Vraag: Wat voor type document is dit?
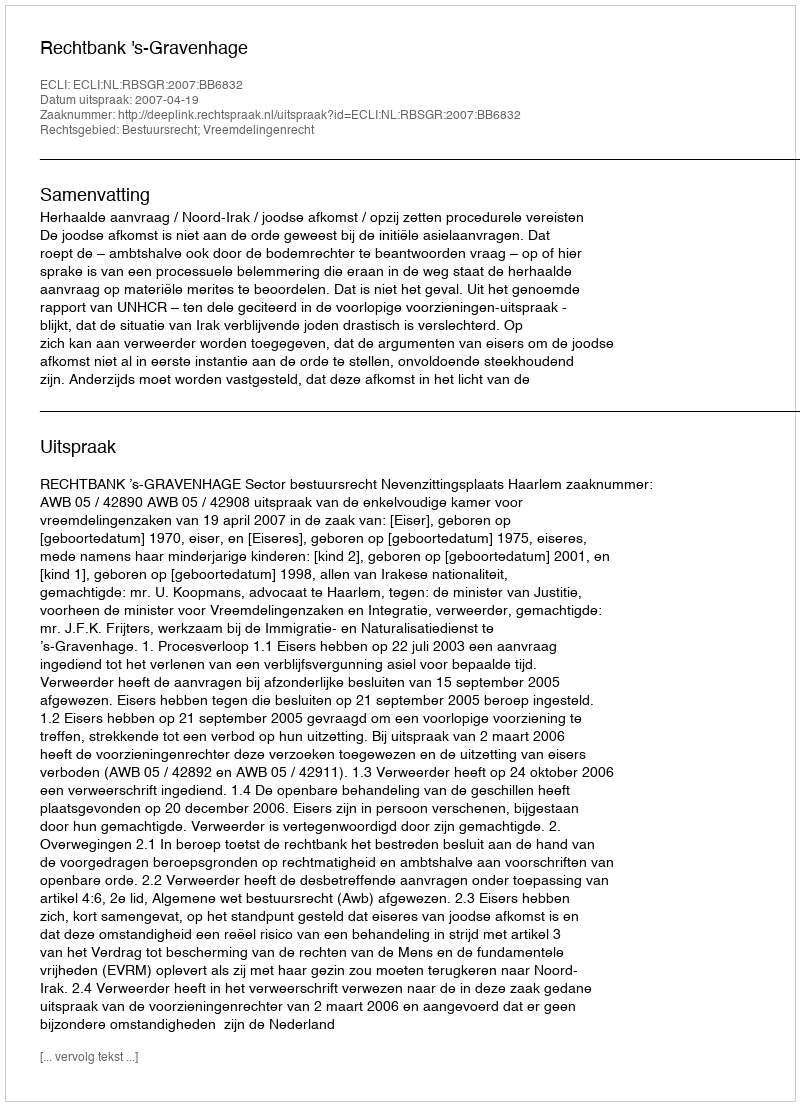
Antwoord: Uitspraak